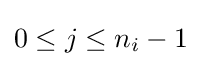
0\leq j\leq n_{i}-1